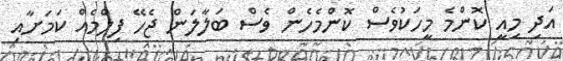
އަދި މިއީ ކޮންމެ މީހަކުވެސް ކޮންމެހެން ވެސް ބަލާލަން ޖެހޭ ފިލްމެއް ކަމަށާއި